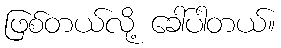
ဖြစ်တယ်လို့ ခေါ်ပါတယ်။